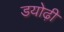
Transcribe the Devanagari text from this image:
डयोढ़ी